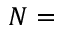
N =